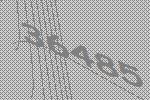
36485